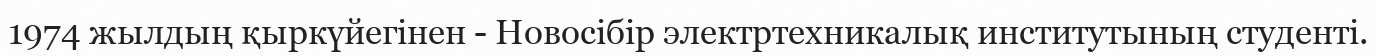
1974 жылдың қыркүйегінен - Новосібір электртехникалық институтының студенті.